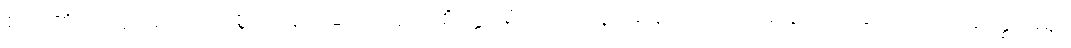
စိတ်၏အာရုံ၌ကောင်းစွာတည်ခြင်းသည်။ စိတ္တပရိဂ္ဂဟောနာမ၊ စိတ်ကိုသိမ်းဆည်းခြင်းသည်။ နတ္ထိ၊ မရှိ။